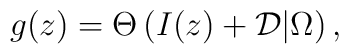
g(z)=\Theta\left(I(z)+{\cal D}\big|\Omega\right),